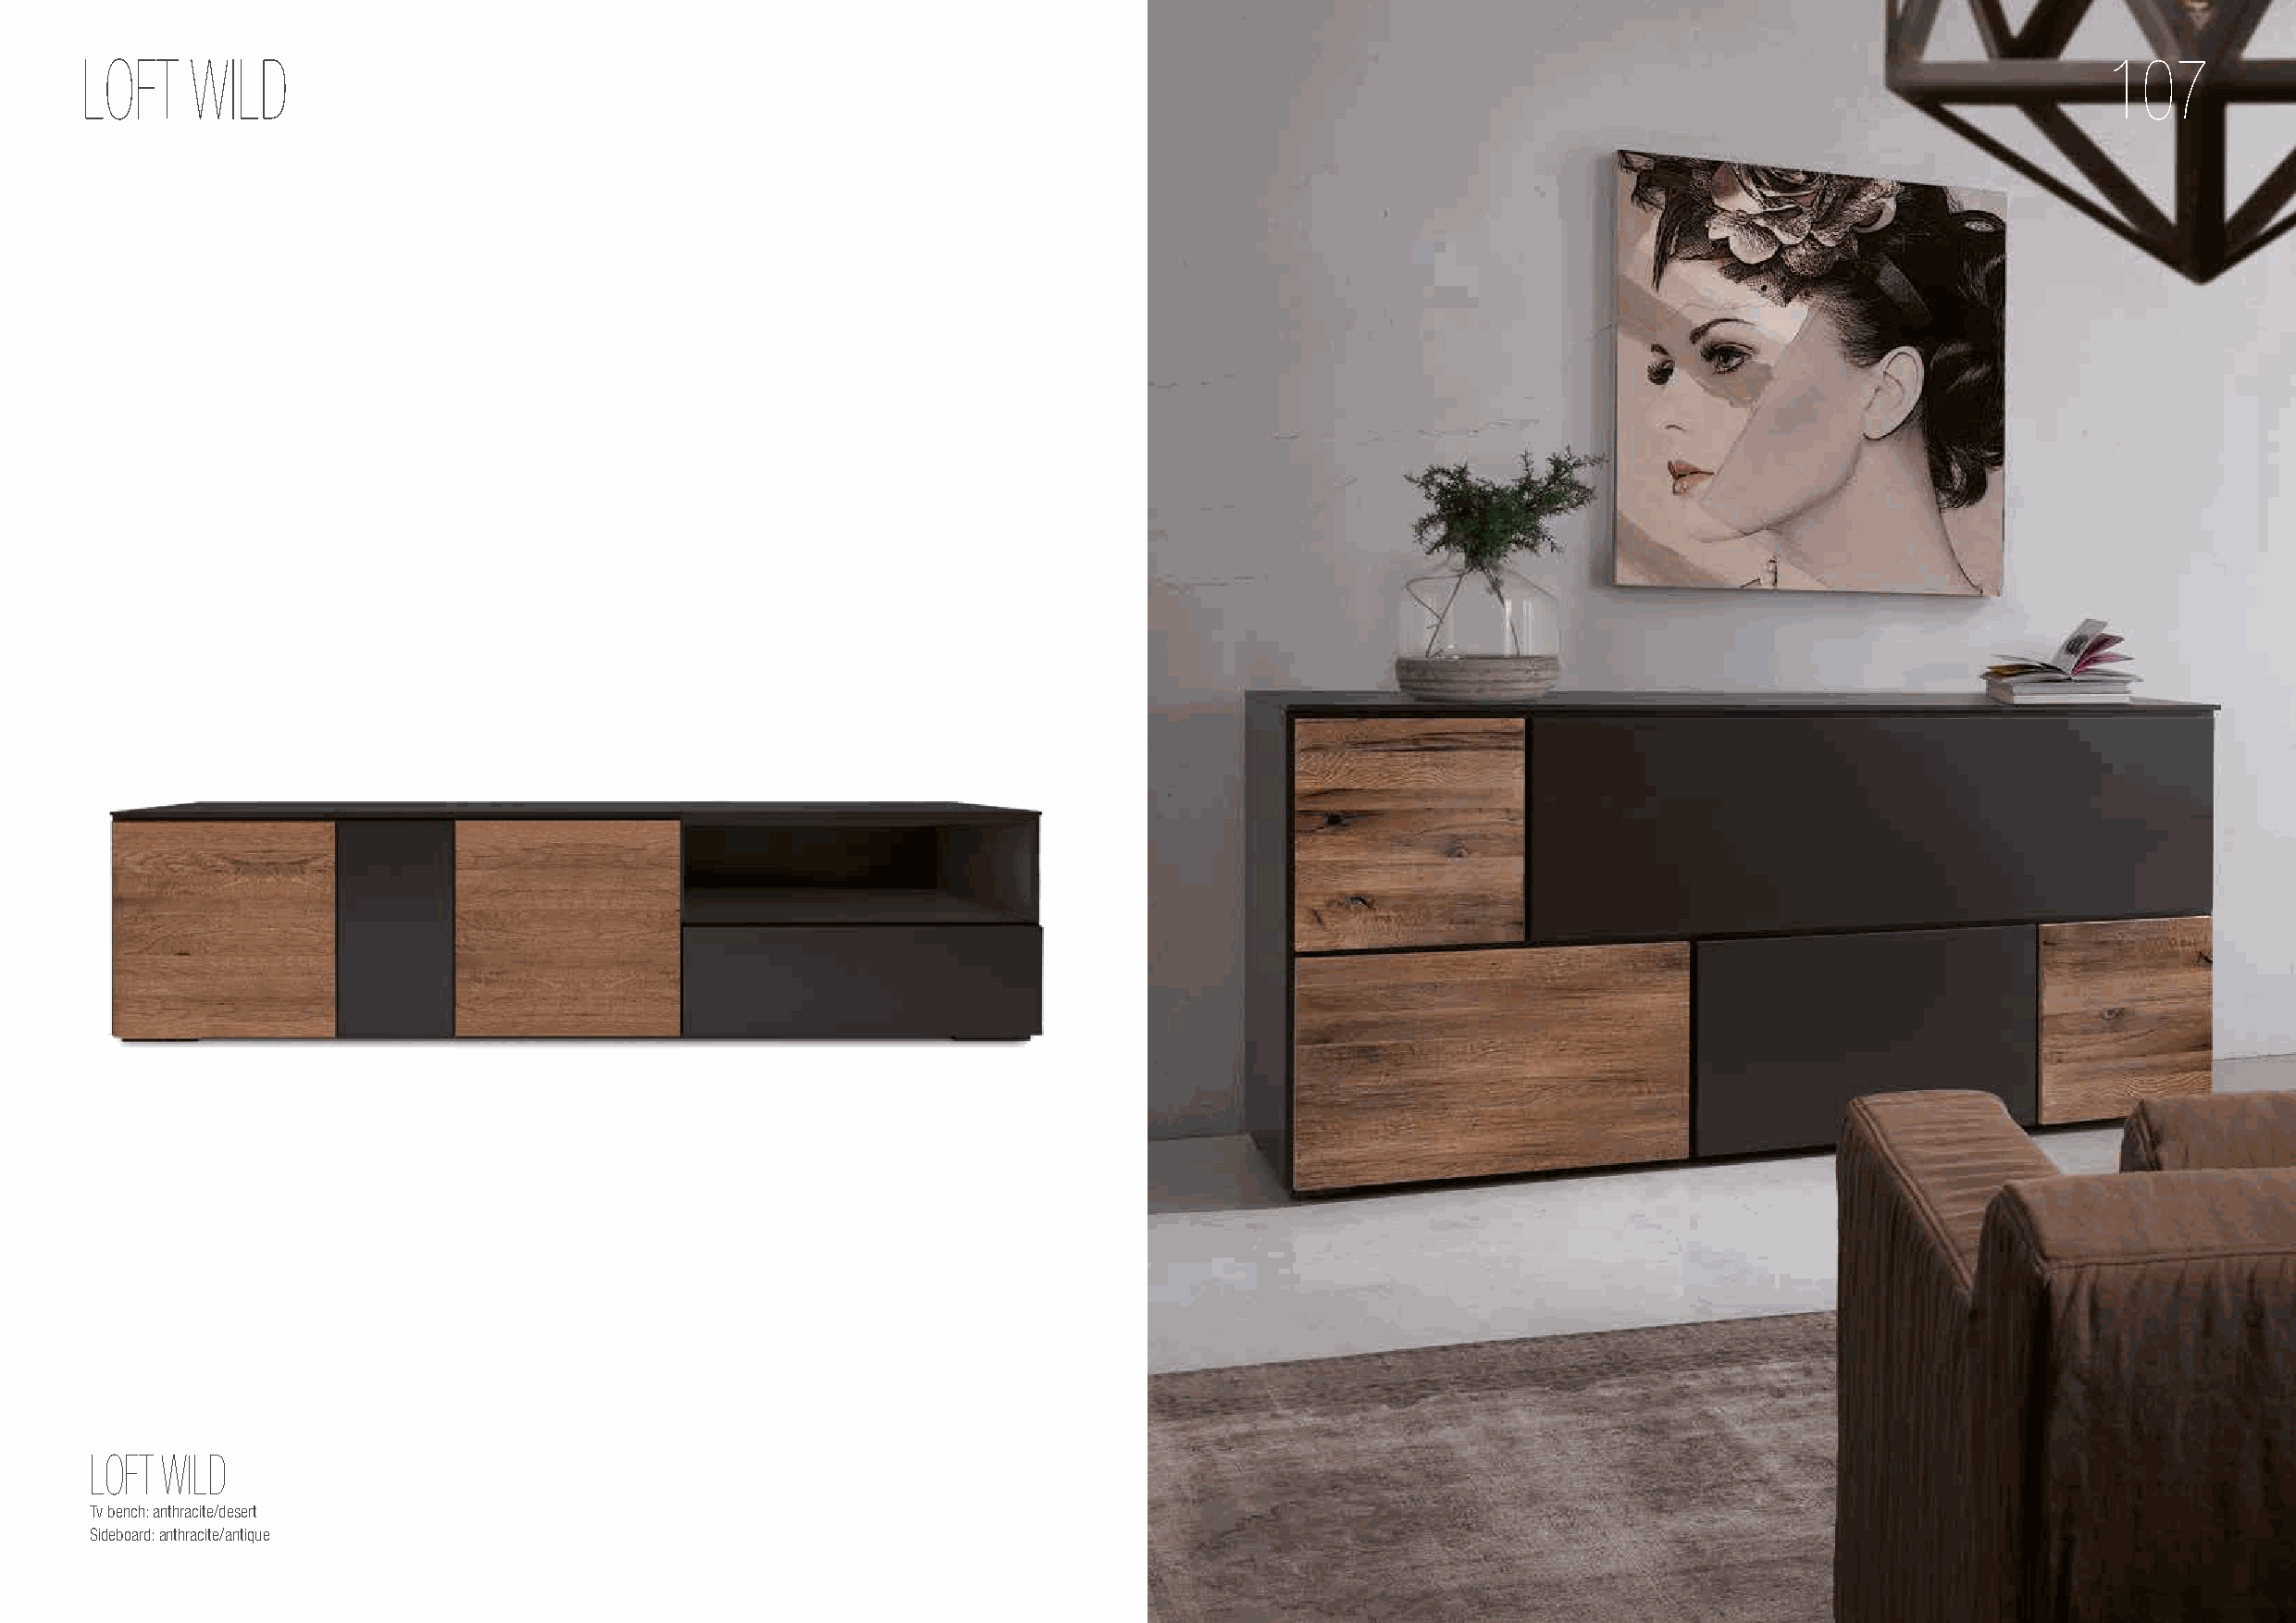
LOFT    WILD                                                                                                                                     107
 LOFT  WILD
 Tv bench: anthracite/desert
 Sideboard: anthracite/antique